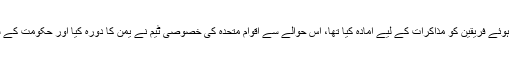
اقوام متحدہ نے یمن کی صورت حال پر تشویش کا اظہار کرتے ہوئے فریقین کو مذاکرات کے لیے آمادہ کیا تھا، اس حوالے سے اقوام متحدہ کی خصوصی ٹیم نے یمن کا دورہ کیا اور حکومت کے ساتھ ساتھ حوثی باغیوں کے کمانڈرز سے بھی ملاقات کی تھی۔